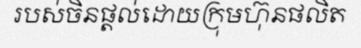
របស់ចិនផ្តល់ដោយក្រុមហ៊ុនផលិត